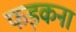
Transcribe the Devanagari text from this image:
फड़कना